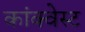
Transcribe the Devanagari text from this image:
कांक्वेस्ट